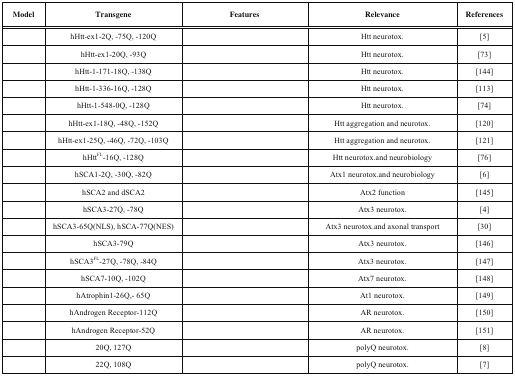
<table><thead><tr><td><b>Model</b></td><td><b>Transgene</b></td><td><b>Features</b></td><td><b>Relevance</b></td><td><b>References</b></td></tr></thead><tbody><tr><td>[EMPTY_CELL]</td><td>hHtt-ex1-2Q, -75Q,-120Q</td><td>[EMPTY_CELL]</td><td>Htt neurotox.</td><td>[5]</td></tr><tr><td>[EMPTY_CELL]</td><td>hHtt-ex1-20Q, -93Q</td><td>[EMPTY_CELL]</td><td>Htt neurotox.</td><td>[73]</td></tr><tr><td>[EMPTY_CELL]</td><td>hHtt-1-171-18Q,-138Q</td><td>[EMPTY_CELL]</td><td>Htt neurotox.</td><td>[144]</td></tr><tr><td>[EMPTY_CELL]</td><td>hHtt-1-336-16Q,-128Q</td><td>[EMPTY_CELL]</td><td>Htt neurotox.</td><td>[113]</td></tr><tr><td>[EMPTY_CELL]</td><td>hHtt-1-548-0Q, -128Q</td><td>[EMPTY_CELL]</td><td>Htt neurotox.</td><td>[74]</td></tr><tr><td>[EMPTY_CELL]</td><td>hHtt-ex1-18Q, -48Q,-152Q</td><td>[EMPTY_CELL]</td><td>Htt aggregation andneurotox.</td><td>[120]</td></tr><tr><td>[EMPTY_CELL]</td><td>hHtt-ex1-25Q, -46Q,-72Q, -103Q</td><td>[EMPTY_CELL]</td><td>Htt aggregation andneurotox.</td><td>[121]</td></tr><tr><td>[EMPTY_CELL]</td><td>hHtt<sup>FL</sup>-16Q,-128Q</td><td>[EMPTY_CELL]</td><td>Htt neurotox.andneurobiology</td><td>[76]</td></tr><tr><td>[EMPTY_CELL]</td><td>hSCA1-2Q, -30Q, -82Q</td><td>[EMPTY_CELL]</td><td>Atx1 neurotox.andneurobiology</td><td>[6]</td></tr><tr><td>[EMPTY_CELL]</td><td>hSCA2 and dSCA2</td><td>[EMPTY_CELL]</td><td>Atx2 function</td><td>[145]</td></tr><tr><td>[EMPTY_CELL]</td><td>hSCA3-27Q, -78Q</td><td>[EMPTY_CELL]</td><td>Atx3 neurotox.</td><td>[4]</td></tr><tr><td>[EMPTY_CELL]</td><td>hSCA3-65Q(NLS),hSCA-77Q(NES)</td><td>[EMPTY_CELL]</td><td>Atx3 neurotox.andaxonal transport</td><td>[30]</td></tr><tr><td>[EMPTY_CELL]</td><td>hSCA3-79Q</td><td>[EMPTY_CELL]</td><td>Atx3 neurotox.</td><td>[146]</td></tr><tr><td>[EMPTY_CELL]</td><td>hSCA3<sup>FL</sup>-27Q,-78Q, -84Q</td><td>[EMPTY_CELL]</td><td>Atx3 neurotox.</td><td>[147]</td></tr><tr><td>[EMPTY_CELL]</td><td>hSCA7-10Q, -102Q</td><td>[EMPTY_CELL]</td><td>Atx7 neurotox.</td><td>[148]</td></tr><tr><td>[EMPTY_CELL]</td><td>hAtrophin1-26Q,- 65Q</td><td>[EMPTY_CELL]</td><td>At1 neurotox.</td><td>[149]</td></tr><tr><td>[EMPTY_CELL]</td><td>hAndrogenReceptor-112Q</td><td>[EMPTY_CELL]</td><td>AR neurotox.</td><td>[150]</td></tr><tr><td>[EMPTY_CELL]</td><td>hAndrogenReceptor-52Q</td><td>[EMPTY_CELL]</td><td>AR neurotox.</td><td>[151]</td></tr><tr><td>[EMPTY_CELL]</td><td>20Q, 127Q</td><td>[EMPTY_CELL]</td><td>polyQ neurotox.</td><td>[8]</td></tr><tr><td>[EMPTY_CELL]</td><td>22Q, 108Q</td><td>[EMPTY_CELL]</td><td>polyQ neurotox.</td><td>[7]</td></tr></tbody></table>